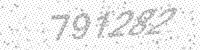
Solution: 791282